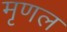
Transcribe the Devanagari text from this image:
मृणल